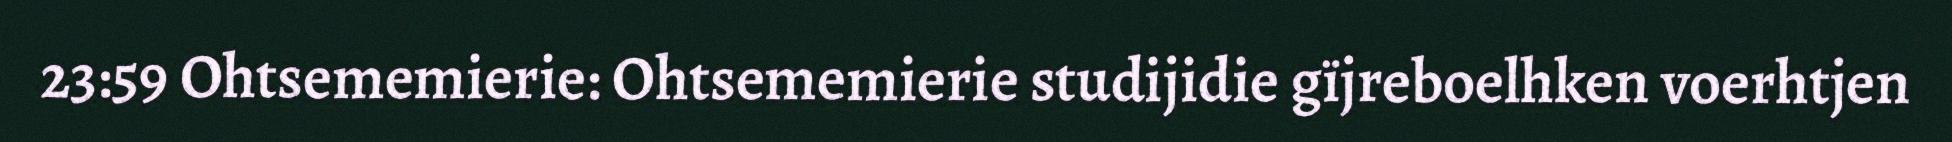
23:59 Ohtsememierie: Ohtsememierie studijidie gïjreboelhken voerhtjen